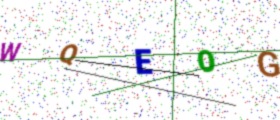
Text: WQEOG